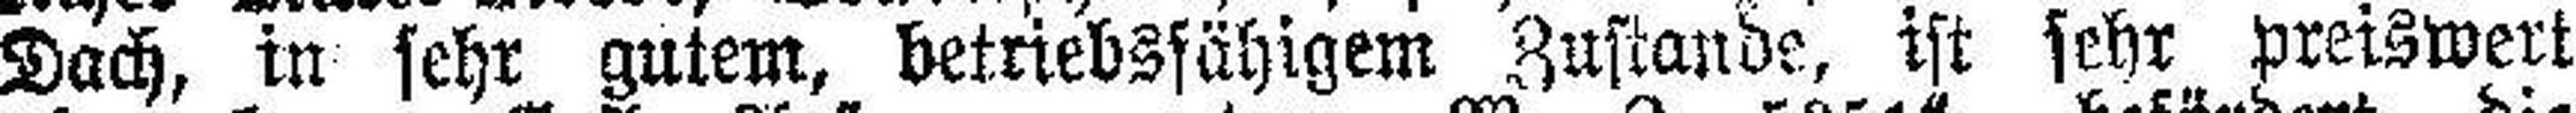
Dach, in sehr gutem, betriebsfähigem Zustande, ist sehr preiswert